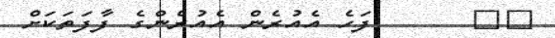
١١      ފަހެ އެއުރެން އެއުރެންގެ ފާފަތަކަށް